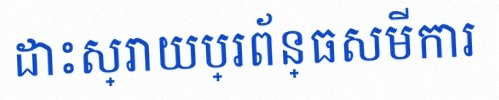
ដោះស្រាយប្រព័ន្ធសមីការ